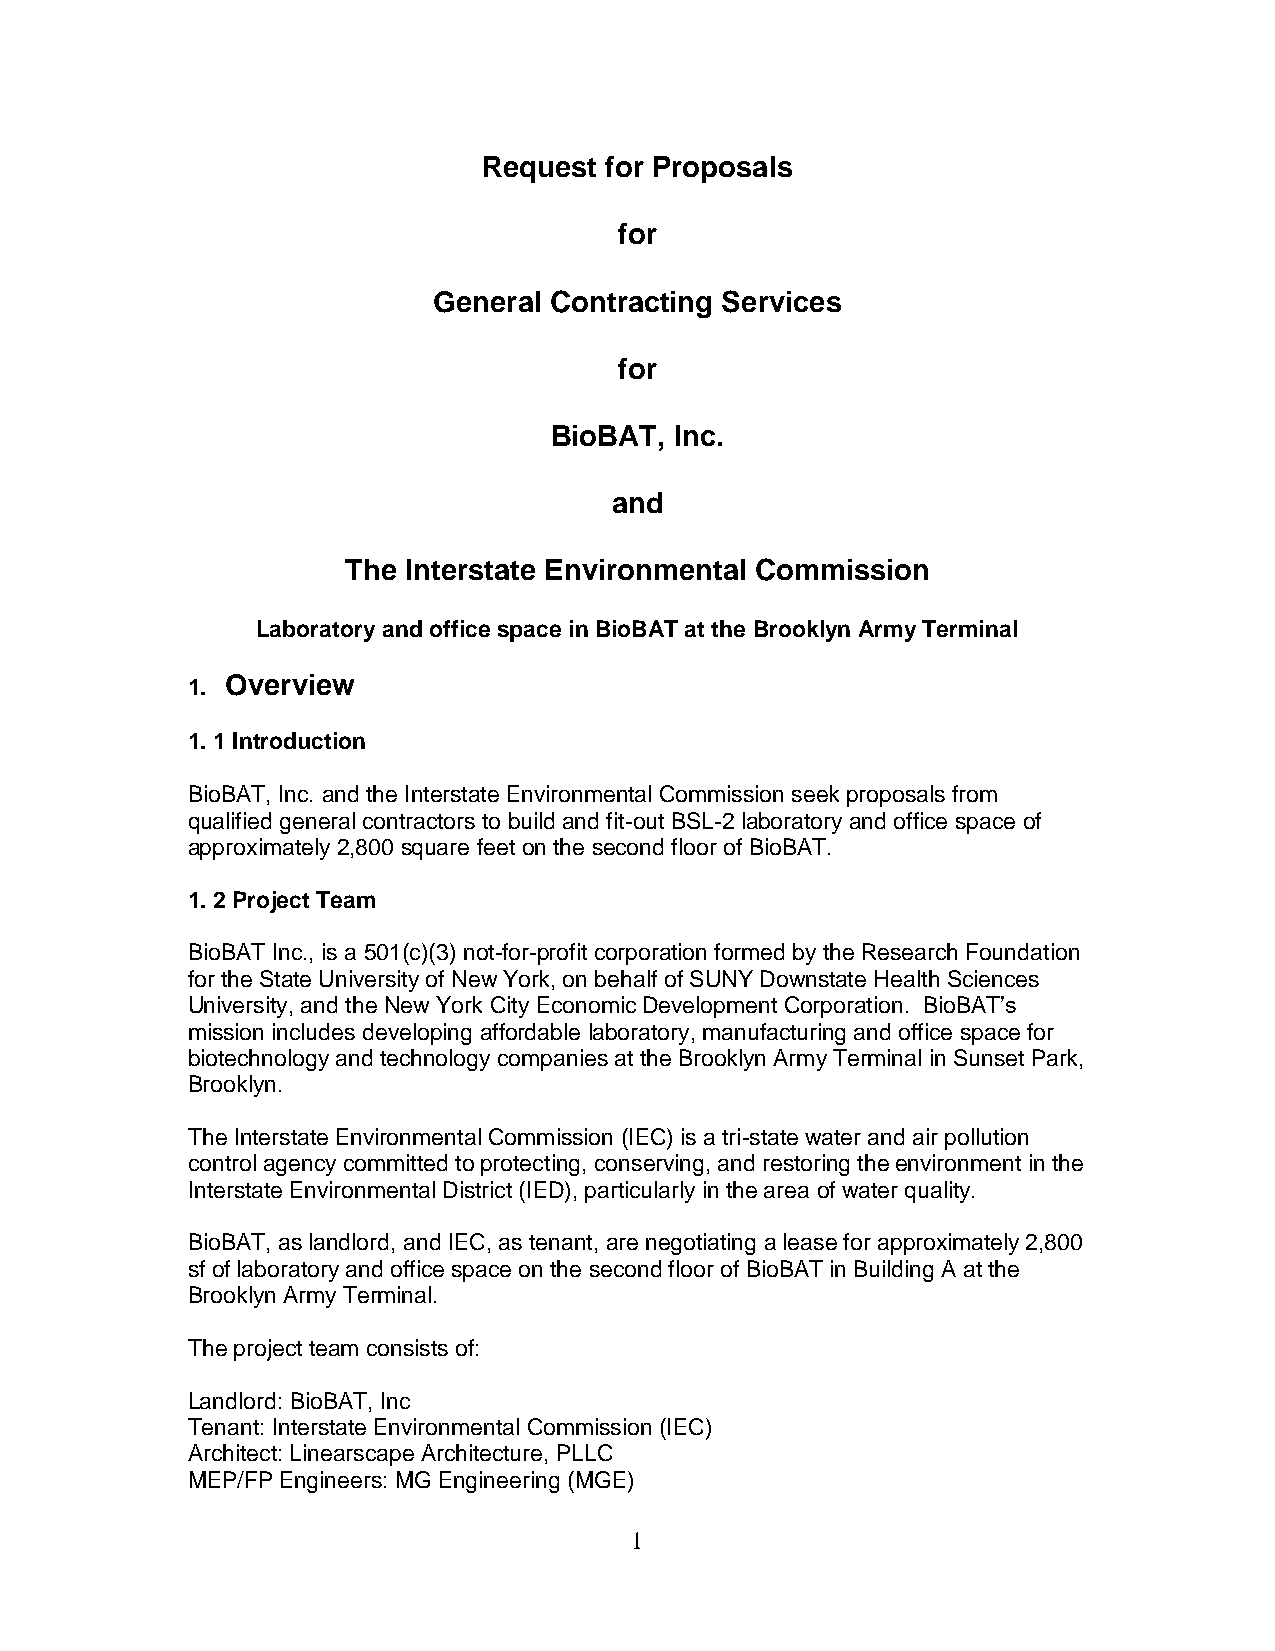
Request for Proposals
 for
 General Contracting Services
 for
 BioBAT,  Inc.
 and
 The Interstate Environmental Commission
 Laboratory and office space in BioBAT at the Brooklyn Army Terminal
 1. Overview
 1. 1 Introduction
 BioBAT, Inc. and the Interstate Environmental Commission seek proposals from
 qualified general contractors to build and fit-out BSL-2 laboratory and office space of
 approximately 2,800 square feet on the second floor of BioBAT.
 1. 2 Project Team
 BioBAT Inc., is a 501(c)(3) not-for-profit corporation formed by the Research Foundation
 for the State University of New York, on behalf of SUNY Downstate Health Sciences
 University, and the New York City Economic Development Corporation. BioBAT’s
 mission includes developing affordable laboratory, manufacturing and office space for
 biotechnology and technology companies at the Brooklyn Army Terminal in Sunset Park,
 Brooklyn.
 The Interstate Environmental Commission (IEC) is a tri-state water and air pollution
 control agency committed to protecting, conserving, and restoring the environment in the
 Interstate Environmental District (IED), particularly in the area of water quality.
 BioBAT, as landlord, and IEC, as tenant, are negotiating a lease for approximately 2,800
 sf of laboratory and office space on the second floor of BioBAT in Building A at the
 Brooklyn Army Terminal.
 The project team consists of:
 Landlord: BioBAT, Inc
 Tenant: Interstate Environmental Commission (IEC)
 Architect: Linearscape Architecture, PLLC
 MEP/FP Engineers: MG Engineering (MGE)
 1